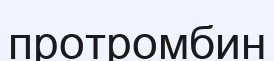
протромбин